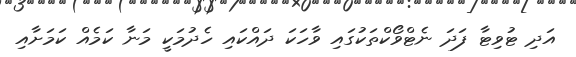
އަދި ޓުވިޓާ ފަދަ ނެޓްވޯކްތަކުގައި ވާހަކަ ދައްކައި ހެދުމަކީ މަނާ ކަމެއް ކަމަށާއި